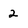
Character: 2